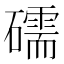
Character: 礝